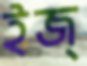
ইজ্